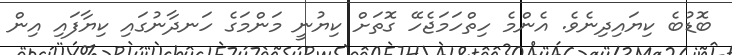
ބޮޑުބެ ކިޔައިދިނެވެ. އެންމެ ހިތްހަމަޖެހޭ ގޮތަށް ކިޔުނީ މަންމަގެ ހަނދާނުގައި ކިޔާފައި އިން